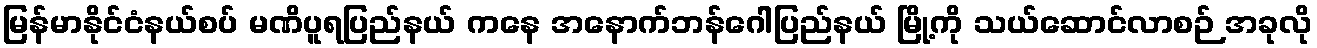
မြန်မာနိုင်ငံနယ်စပ် မဏိပူရပြည်နယ် ကနေ အနောက်ဘန်ဂေါပြည်နယ် မြို့ကို သယ်ဆောင်လာစဉ် အခုလို